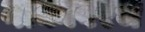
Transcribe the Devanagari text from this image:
नाकावरच